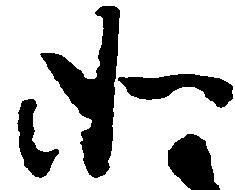
如